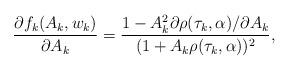
LaTeX: \begin{align*}\frac{\partial f_{k}(A_{k}, w_{k})}{\partial A_{k}} = \frac{1 - A_{k}^{2}\partial \rho(\tau_{k},\alpha)/ \partial A_{k}}{(1 + A_{k}\rho(\tau_{k}, \alpha))^{2}},\end{align*}